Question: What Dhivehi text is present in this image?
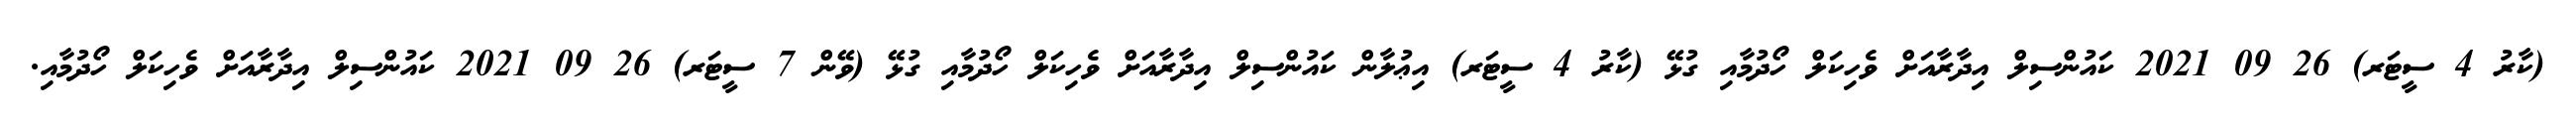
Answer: (ކާރު 4 ސީޓަރ) 26 09 2021 ކައުންސިލް އިދާރާއަށް ވެހިކަލް ހޯދުމާއި ގުޅޭ (ކާރު 4 ސީޓަރ) އިޢުލާން ކައުންސިލް އިދާރާއަށް ވެހިކަލް ހޯދުމާއި ގުޅޭ (ވޭން 7 ސީޓަރ) 26 09 2021 ކައުންސިލް އިދާރާއަށް ވެހިކަލް ހޯދުމާއި.